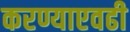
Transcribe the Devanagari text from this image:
करण्याएवढी